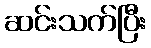
ဆင်းသက်ပြီး